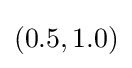
(0.5,1.0)